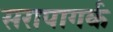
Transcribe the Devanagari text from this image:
सरापागर्क